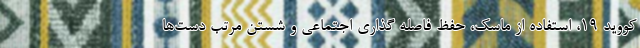
کووید ۱۹، استفاده از ماسک، حفظ فاصله گذاری اجتماعی و شستن مرتب دست‌ها